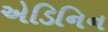
એડિનિન